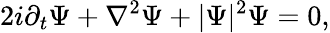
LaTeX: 2i\partial_{t}\Psi+\nabla^{2}\Psi+|\Psi|^{2}\Psi=0,